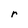
Character: r